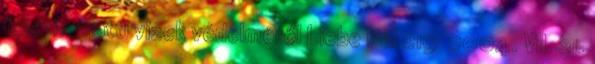
felszín alatti vizek védelméről Liebe Pál 219 2004. VII. 21.